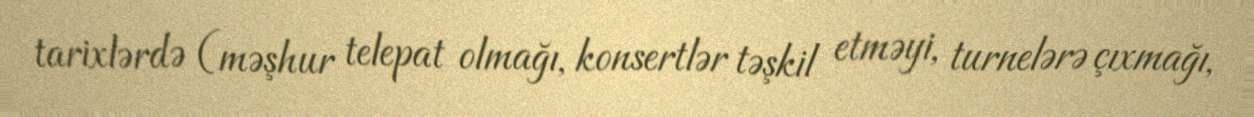
tarixlərdə (məşhur telepat olmağı, konsertlər təşkil etməyi, turnelərə çıxmağı,